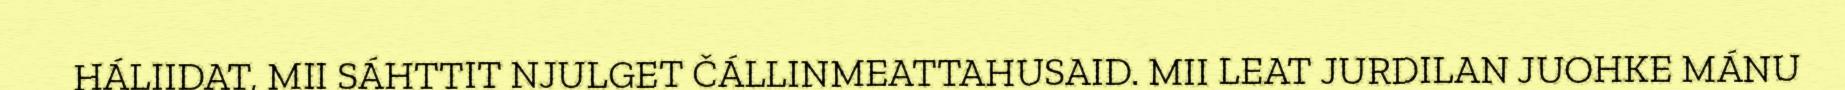
HÁLIIDAT, MII SÁHTTIT NJULGET ČÁLLINMEATTAHUSAID. MII LEAT JURDILAN JUOHKE MÁNU